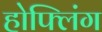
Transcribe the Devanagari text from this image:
होफ्लिंग